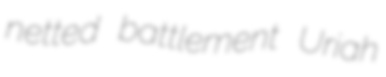
netted battlement Uriah